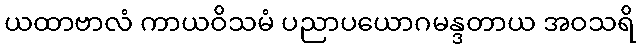
ယထာဗာလံ ကာယဝိသမံ ပညာပယောဂမန္ဒတာယ အဝသရိ